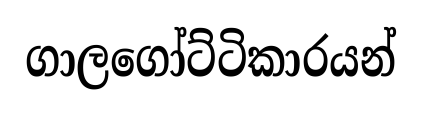
ගාලගෝට්ටිකාරයන්